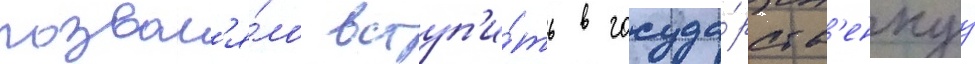
позвол'я́ло вступ'и́ть в госуда́рств'еннуу